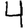
Digit: 4